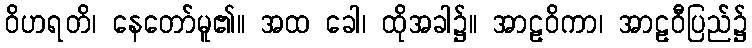
ဝိဟရတိ၊ နေတော်မူ၏။ အထ ခေါ၊ ထိုအခါ၌။ အာဠဝိကာ၊ အာဠဝီပြည်၌